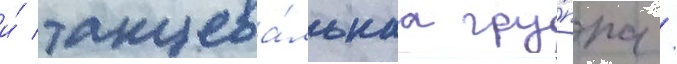
и́ танцева́льнаа гру́ппа /